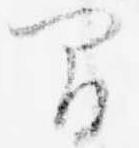
間